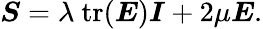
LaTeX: {\boldsymbol{S}}=\lambda~{\mathrm{tr}}({\boldsymbol{E}}){\boldsymbol{\mathit{I}}}+2\mu{\boldsymbol{E}}{\mathrm{.}}